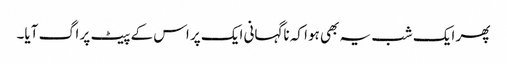
پھر ایک شب یہ بھی ہوا کہ ناگہانی ایک پر اس کے پیٹ پر اگ آیا۔